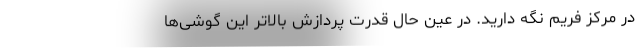
در مرکز فریم نگه دارید. در عین حال قدرت پردازش بالاتر این گوشی‌ها